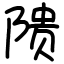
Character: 𬯎